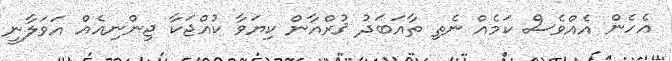
އެހެން އެއްވެސް ކަމެއް ނެތި ތާއަބަދު ޤުރްއާން ކިޔަވާ ކުއްޖަކާ ޖިންނިއެއް އަވަލާނީ